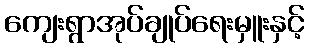
ကျေးရွာအုပ်ချုပ်ရေးမှူးနှင့်